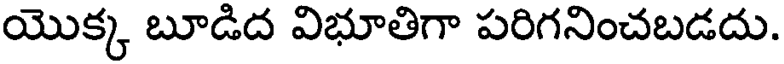
యొక్క బూడిద విభూతిగా పరిగనించబడదు.